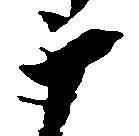
十